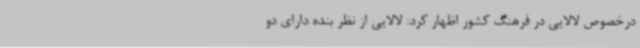
درخصوص لالایی در فرهنگ کشور اظهار کرد: لالایی از نظر بنده دارای دو